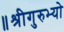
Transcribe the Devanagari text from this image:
॥श्रीगुरुभ्यो